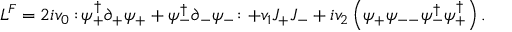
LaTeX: { \cal L } ^ { F } = 2 i v _ { 0 } : \! \psi _ { + } ^ { \dagger } \partial _ { + } \psi _ { + } + \psi _ { - } ^ { \dagger } \partial _ { - } \psi _ { - } \! : + v _ { 1 } J _ { + } J _ { - } + i v _ { 2 } \left( \psi _ { + } \psi _ { -- } \psi _ { - } ^ { \dagger } \psi _ { + } ^ { \dagger } \right) .